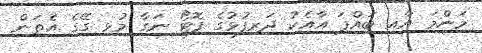
މަންމަ އާއި ބައްޕަ އާއެކު ދަރިފުޅުގެ ފޮޓޯ ނަގާ މުޅި ގޭގެ އެތަން